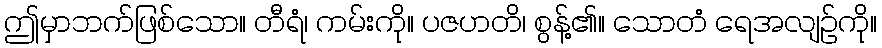
ဤမှာဘက်ဖြစ်သော။ တီရံ၊ ကမ်းကို။ ပဇဟတိ၊ စွန့်၏။ သောတံ ရေအလျဉ်ကို။